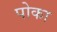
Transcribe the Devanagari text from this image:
पोका